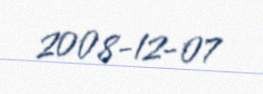
2008-12-07